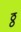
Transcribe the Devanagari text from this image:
ठ्ठ